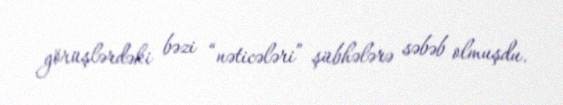
görüşlərdəki bəzi “nəticələri” şübhələrə səbəb olmuşdu.